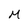
Character: M